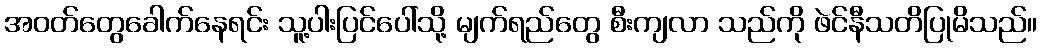
အဝတ်တွေခေါက်နေရင်း သူ့ပါးပြင်ပေါ်သို့ မျက်ရည်တွေ စီးကျလာ သည်ကို ဖဲင်နီသတိပြုမိသည်။